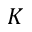
K